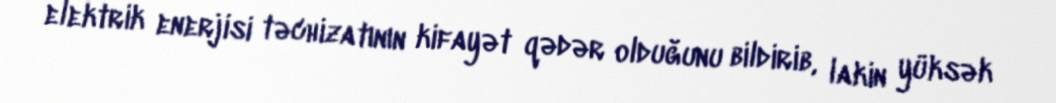
elektrik enerjisi təchizatının kifayət qədər olduğunu bildirib, lakin yüksək